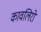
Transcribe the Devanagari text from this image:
कावलिरो